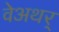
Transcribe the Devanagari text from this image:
वेअथर्